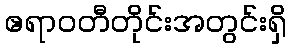
ဧရာဝတီတိုင်းအတွင်းရှိ